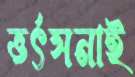
ভর্ৎসনাই